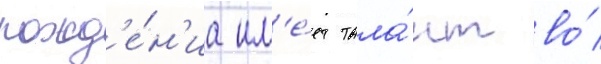
рожд'е́н'иа им'е́ет тала́нт во́